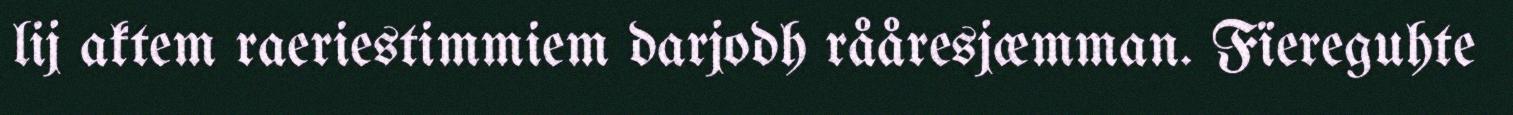
lij aktem raeriestimmiem darjodh rååresjæmman. Fïereguhte